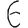
Digit: 6